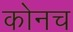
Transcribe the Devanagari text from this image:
कोनच